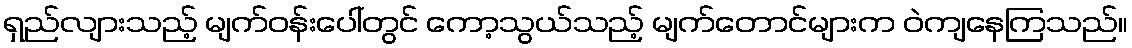
ရှည်လျားသည့် မျက်ဝန်းပေါ်တွင် ကော့သွယ်သည့် မျက်တောင်များက ဝဲကျနေကြသည်။